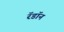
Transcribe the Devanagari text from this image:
रॅडॉन